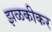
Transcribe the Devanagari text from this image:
झळकीकर